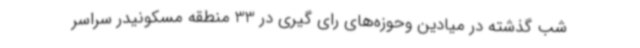
شب گذشته در میادین وحوزه‌های رای گیری در 33 منطقه مسکونیدر سراسر